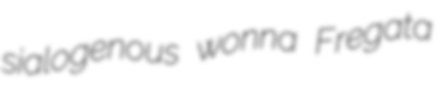
sialogenous wonna Fregata